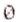
0